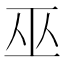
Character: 巫